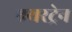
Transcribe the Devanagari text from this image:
एयरट्रेन